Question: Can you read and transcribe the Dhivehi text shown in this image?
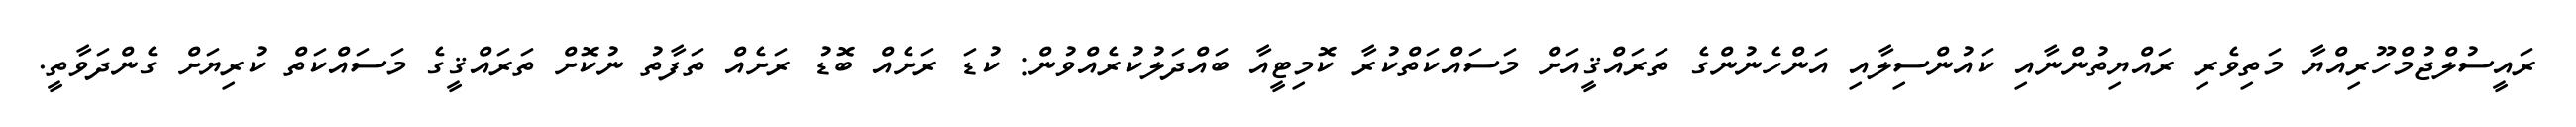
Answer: ރައީސުލްޖުމްހޫރިއްޔާ މަތިވެރި ރައްޔިތުންނާއި ކައުންސިލާއި އަންހެނުންގެ ތަރައްޤީއަށް މަސައްކަތްކުރާ ކޮމިޓީއާ ބައްދަލުކުރެއްވުން: ކުޑަ ރަށެއް ބޮޑު ރަށެއް ތަފާތު ނުކޮށް ތަރައްޤީގެ މަސައްކަތް ކުރިޔަށް ގެންދަވާތީ.